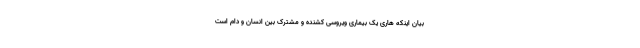
بیان اینکه هاری یک بیماری ویروسی کشنده و مشترک بین انسان و دام است